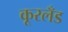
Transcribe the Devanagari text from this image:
कूरलँड